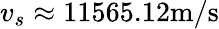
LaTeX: v_{s}\approx 11565.12\mathrm{m/s}